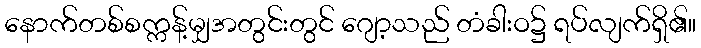
နောက်တစ်စက္ကန့်မျှအတွင်းတွင် ဂျော့သည် တံခါးဝ၌ ရပ်လျက်ရှိ၏။